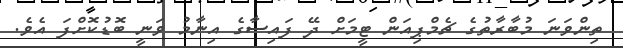
ތިންވަނަ މުބާރާތުގެ ޗެމްޕިއަން ޓީމަށް ދޭ ފައިސާގެ އިނާމު ވަނީ ބޮޑުކޮށްފަ އެވެ.